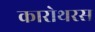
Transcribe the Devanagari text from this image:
कारोथरस